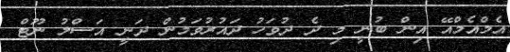
އެމްއެމްއޭ އިން ބުނީ މި ދެ ދުވަހު ދައުރުވަމުން ދަނީ އަސްލު ނޫޓް